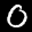
Label: 0